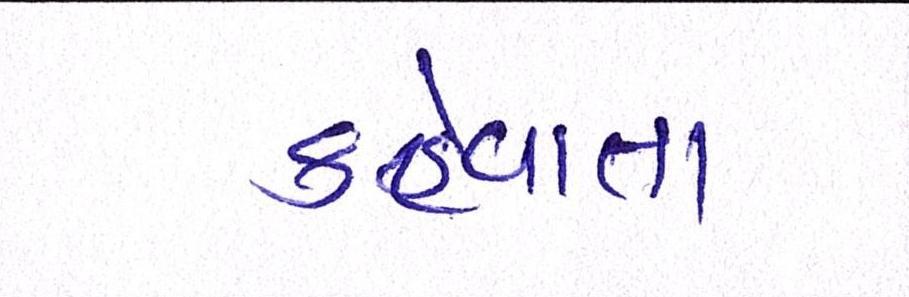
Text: કહેવાતા